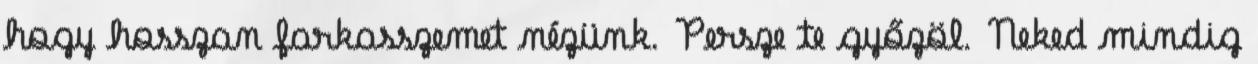
hogy hosszan farkasszemet nézünk. Persze te győzöl. Neked mindig